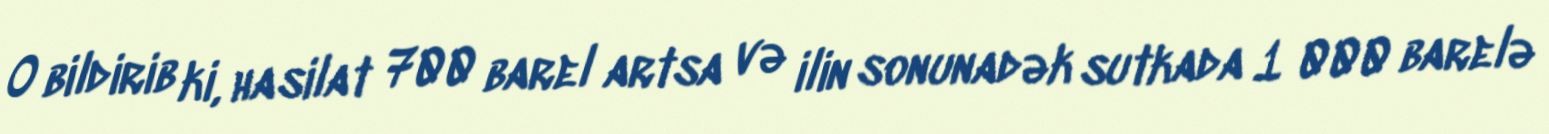
O bildirib ki, hasilat 700 barel artsa və ilin sonunadək sutkada 1 000 barelə